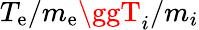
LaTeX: {T_{\mathrm{e}}/m_{\mathrm{e}}\ggT_{i}/m_{i}}